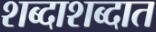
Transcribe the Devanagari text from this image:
शब्दाशब्दात